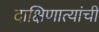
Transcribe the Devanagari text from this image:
दाक्षिणात्यांची